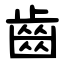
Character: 齒